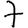
Digit: 7